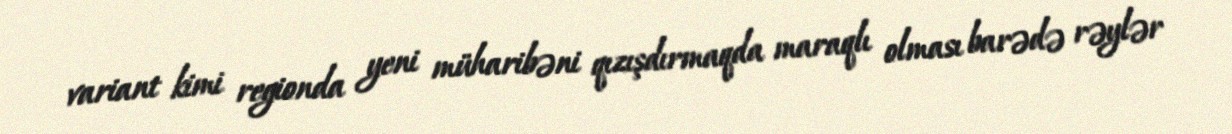
variant kimi regionda yeni müharibəni qızışdırmaqda maraqlı olması barədə rəylər